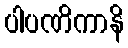
ပါပဏိကာနိ